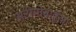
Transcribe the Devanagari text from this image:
अटोमोबाईल